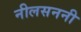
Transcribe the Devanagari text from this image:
नीलसननी